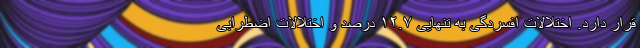
قرار دارد. اختلالات افسردگی به تنهایی ۱۲.۷ درصد و اختلالات اضطرابی